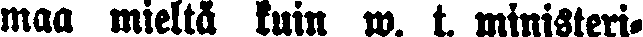
maa mieltä kuin w. t. ministeri-